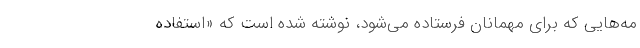
مه‌هایی که برای مهمانان فرستاده می‌شود، نوشته شده است که «استفاده